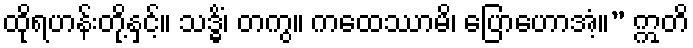
ထိုရဟန်းတို့နှင့်။ သဒ္ဓိံ၊ တကွ။ ကထေဿာမိ၊ ပြောဟောအံ့။” ဣတိ